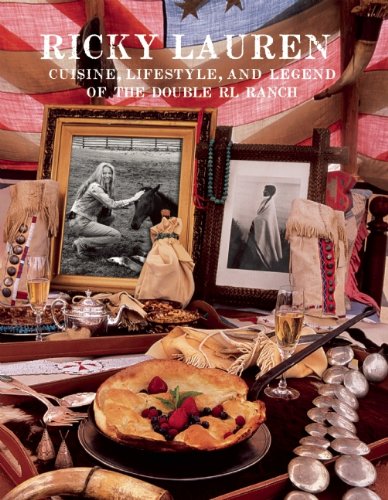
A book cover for Ricky Lauren: Cuisine, Lifestyle, and Legend of the Double RL Ranch; Ricky Lauren; Cookbooks, Food & Wine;